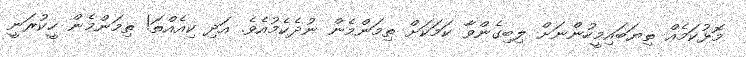
މޮޅުކަމެއް ތިޔަބައިމީހުންނަށް ލިބިގެންވާ ކަމަކަށް ތިމަންމެން ނުދެކެމުއެވެ. އަދި ކިއެއްތަ! ތިމަންމެން ހީކުރަނީ